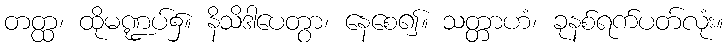
တတ္ထ၊ ထိုမဏ္ဍပ်၌။ နိသိဒါပေတွာ၊ နေစေ၍။ သတ္တာဟံ၊ ခုနစ်ရက်ပတ်လုံး။